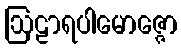
ဩဠာရပါမောဇ္ဇော